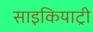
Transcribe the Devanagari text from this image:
साइकियाट्री